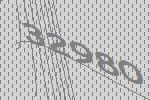
32980